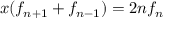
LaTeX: x ( f _ { n + 1 } + f _ { n - 1 } ) = 2 n f _ { n }